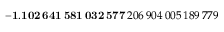
\mathbf { - 1 . 1 0 2 \, 6 4 1 \, 5 8 1 \, 0 3 2 \, 5 7 7 } \, 2 0 6 \, 9 0 4 \, 0 0 5 \, 1 8 9 \, 7 7 9